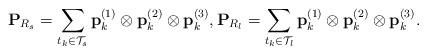
LaTeX: \begin{align*} \mathbf{P}_{R_s} =\sum\limits_{t_k\in {\cal T}_s} {\bf p}^{(1)}_k \otimes {\bf p}^{(2)}_k \otimes {\bf p}^{(3)}_k, \mathbf{P}_{R_l} =\sum\limits_{t_k\in {\cal T}_l} {\bf p}^{(1)}_k \otimes {\bf p}^{(2)}_k \otimes {\bf p}^{(3)}_k.\end{align*}